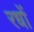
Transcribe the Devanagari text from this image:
रधों